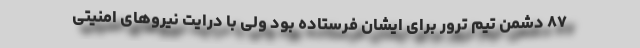
۸۷ دشمن تیم ترور برای ایشان فرستاده بود ولی با درایت نیروهای امنیتی